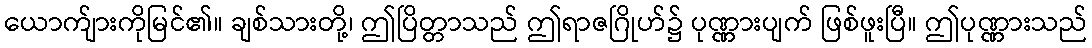
ယောက်ျားကိုမြင်၏။ ချစ်သားတို့၊ ဤပြိတ္တာသည် ဤရာဇဂြိုဟ်၌ ပုဏ္ဏားပျက် ဖြစ်ဖူးပြီ။ ဤပုဏ္ဏားသည်